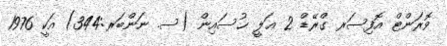
ވޮރަންޓް އޮފިސަރ ގްރޭޑް 2 ޢަލީ ޙުސައިން (ސ. ނަންބަރ:344) އަކީ 1976